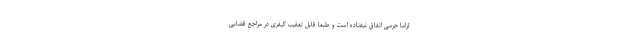
لزاماً جرمی اتفاق نیفتاده است و طبعاً قابل تعقیب کیفری در مراجع قضایی